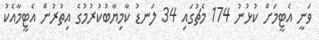
ވަނީ އެޓީމަށް ކުޅުނު 174 މެޗުގައި 34 ލަނޑު ކާމިޔާބުކުރުމުގެ އިތުރުން އެޓީމާއެކު